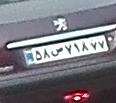
۵۸ص۷۱۸۷۷